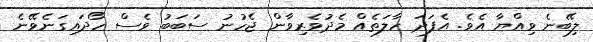
ލިބޭނެ ވިއްޔާ އެވެ. އެފަދަ ހާލަތެއް މެދުވެރިވާން ޖެހުނު ސަބަބު ވެސް ހޯދައިގަނެވޭނެ